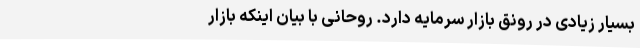
بسیار زیادی در رونق بازار سرمایه دارد. روحانی با بیان اینکه بازار